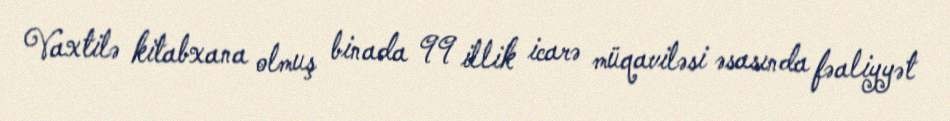
Vaxtilə kitabxana olmuş binada 99 illik icarə müqaviləsi əsasında fəaliyyət